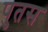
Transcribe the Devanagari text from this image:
पुतस